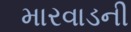
મારવાડની